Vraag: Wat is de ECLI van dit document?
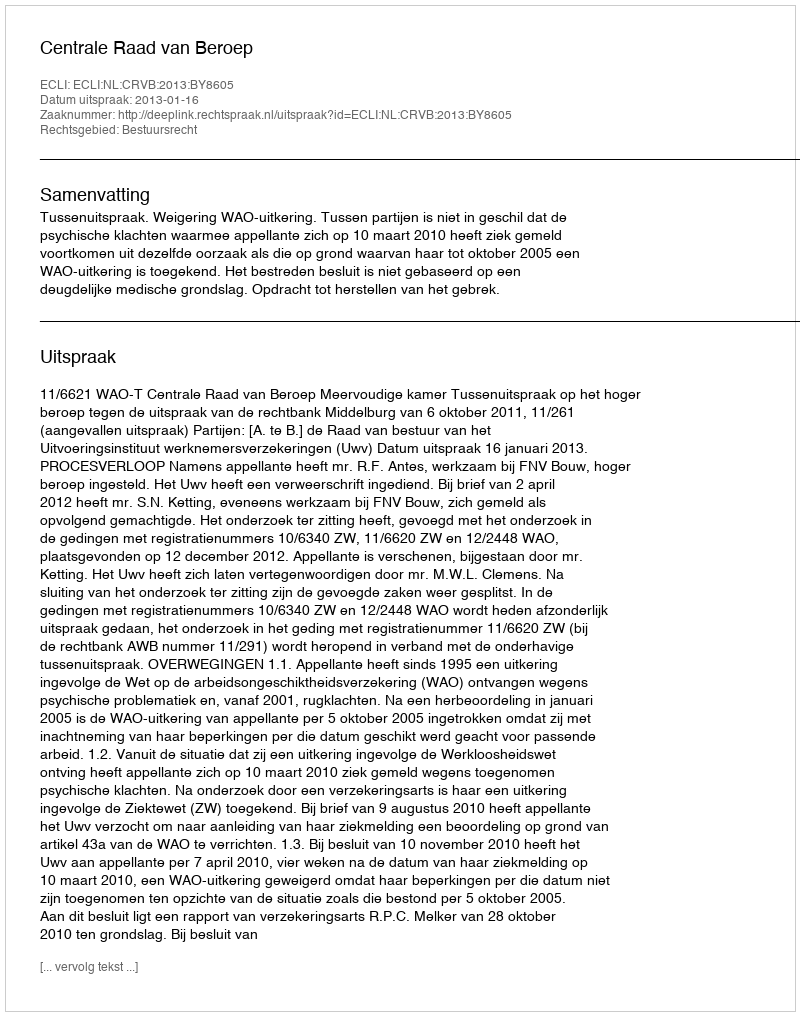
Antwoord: ECLI:NL:CRVB:2013:BY8605